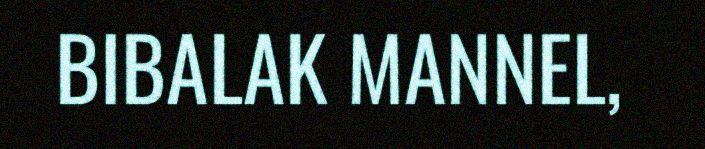
BIBALAK MANNEL,